Medical and sanitary report of the native army of Bengal for the year
Year: 1874
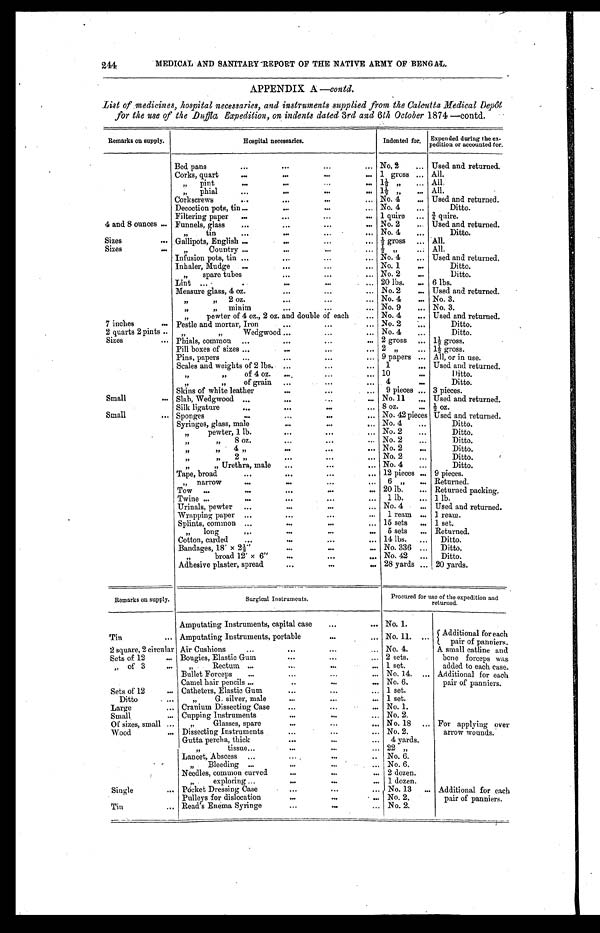
241
MEDICAL AND SANITARY-REPORT OF THE NATIVE ARMY OF BENGAL
APPENDIX A --contd.
_List of medicines, hospital necessaries, and instruments supplied from the Calcutta Medical Depot
for the use of the .Daftla Expedition, on indents dated 3rd and 6th October 1874 —contd.
Remarks on supply.
Hospital necessaries.
Indented for.
Expended
pedition
during the ex-
or accounted for.
Used and returned.
Bed pans
•..
.••
...
... No, 2
...
Corks, quart
..
...
...
... 1 gross ... All.
pint
0.
•..
...
•••
1.i. „
... All.
•
„
•••
•••
ft
phial
...
li
... All.
Corkscrews
•••
...
... No. 4
... Used and returned.
Decoction pots, tin...
•••
•.. No. 4
...
Ditto.
Filtering paper
......
...
...
1 quire ... .
.1. quire.
4 and 8 ounces ... Funnels, glass
•.•
...
...
No. 2
... Used and returned.
tin
•••
•••
...
•
•••
No. 4
•••
Ditto.
Sizes
••• ,Gallipots,
f /
English ...
...
...
... t- gross ... *All.
Sizes
...
Country ...
•••
• • •
. L.
1,
...
All.
Infusion pots, tin ...
...
...
...
No. 4
... Used and returned.
...
Inhaler, Mudge ...... No. 1
...
Ditto.
••.
...
„
spare tubes.„ No. 2
•••
Ditto.
Lint ....-
..
•••
... 20 lbs.
... 6 lbs.
Measure glass, 4 oz.
...
...
... No. 2
... Used and returned.
„ 2 oz.
•••
• ••
• ..
No. 4
... No. 3.
„
minim...
t,
...
tf
pewter of 4 oz., 2 oz. and double of each
...
No. 9
...
No. 4
...
No. 3.
Used and returned.
7 inches
•• Pestle and mortar, Iron
. ...
... No. 2
•••
Ditto.
2 quarts 2 pints •.
...
2 I
f f
Wedgwood ...
... No. 4
...
Ditto.
Sizes
•••
...
Phials, common ...
..•
... 2 gross ... 11 gross.
Pill boxes of sizes ...
•..
... 2 „
... 14 gross.
...
Pins, papers...
...
—
9 papers ... All, or in use.
Scales and weights of 2 lbs. • ...... 1
_ Used and returned.
...
of 4 oz....
10
•••
Ditto.
,,
/2
f /
7f
of grain ...... 4
...
Ditto.
Skins of white leather
•.•
...
...
9 pieces ... 3 pieces.
Small
— Slab, Wedgwood ...
...
... No. 11
... Used and returned.
Silk ligature
•••
•••
... 8 oz.
... -1-• oz.
Small
•••• Sponges
•••
•••
•• .
No. 42 pieces Used and returned.
Syringes, glass, male
•..
•••
... No. 4
...
Ditto.
,f
pewter, 1 lb.
•.•
...
... No. 2
...
Ditto.
8 oz.
...
f t
...
No. 2
Ditto.
IMP
...
,,
4
f f
...
No. 2
•••
Ditto.
/,
2
.
•••
••. No. 2
•••
Ditto.
ft
,,
..
.19
,
Urethra, male
...
...
... No. 4
...
Ditto.
,,
Tape, broad
...
...
...
... 12 pieces ... 9 pieces.
„ narrow
•••
•••
...
Tow ...
IMO
...
...
...
6 ,
...
20 lb.
...
Returned.
Returned packing.
...
Twine ...
•••
...
...
1 lb.
... 1 lb.
Urinals, pewter ...
•••
...
... No. 4
... Used and returned.
•'•
Wrapping paper ...
...
...
1 ream ... 1 ream.
Splints, common ...
•..
...
,.. 15 sets
... 1 set.
long•.•
•.
...
,..
„
5 sets
... Returned.
...
Cotton, carded...
... 14 lbs.
..,
Ditto.
...,.
Bandages, 18' x 21--
•••
...
... No. 336 ...
Ditto.
broad 12' x 6"
...
...
_ No. 42
...
Ditto.
Adhesive plaster, spread
•.•
•••
... 28 yards ... 20 yards.
Remarks on supply.
of the expedition and
returned.
Surgical Instruments.
Procured for use
•
•••
Amputating Instruments, capital case... No. 1.
Tin
... Amputating Instruments, portable
...
... No. 11. ... f Additional for each
pair of panniers.
2 square, 2 circular
...
Air Cushions...
... No. 4.
A small catline and
Sets of 12
...
...
Bougies, Elastic Gum
...... 2 sets.
bone forceps was
of 3
„
Rectum ...
..
—
... 1 set.
added to each ease.
3,
...
Bullet Forceps
•.•
...
... No. 14. ... Additional for each
..
Camel hair pencils ......
.. No. 6.
pair of panniers.
Sets of 12
... Catheters, Elastic Gum
...
...
... 1 set.
Ditto
...
fl
G. silver, male
...
..•
... 1 set.
Large
... Cranium Dissecting Case
...
...
... No. 1.
Small, ... Cupping Instruments
•••
...
... No. 2.
Of sizes, small ...
„
Glasses, spare
..•
...
_ No. 18
... For applying. over
Wood
... Dissecting Instruments
...
...
... No. 2.
arrow wounds.
Gutta percha, thick
...
•.•
...
4 yards.
,,
tissue...
•..
...
... -./ „
22
Lancet, Abscess ...
•.•
.. No. 6.
,
Bleeding ...
...
...
... No. 6.
„
Needles, common curved
•.•
•..
... 2 dozen.
„ .
exploring ...
•..
... 1 dozen.
Single
... Pocket Dressing Case
...
... No. 13
... Additional for each
Pulleys for dislocation
...
•••
- ... No. 2.
pair of panniers.
Tin
••• Read's Enema Syringe
...
•..
... No. 2.